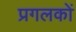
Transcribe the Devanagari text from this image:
प्रगलकों